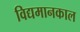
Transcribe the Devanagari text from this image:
विद्यमानकाल